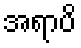
အရာပိ